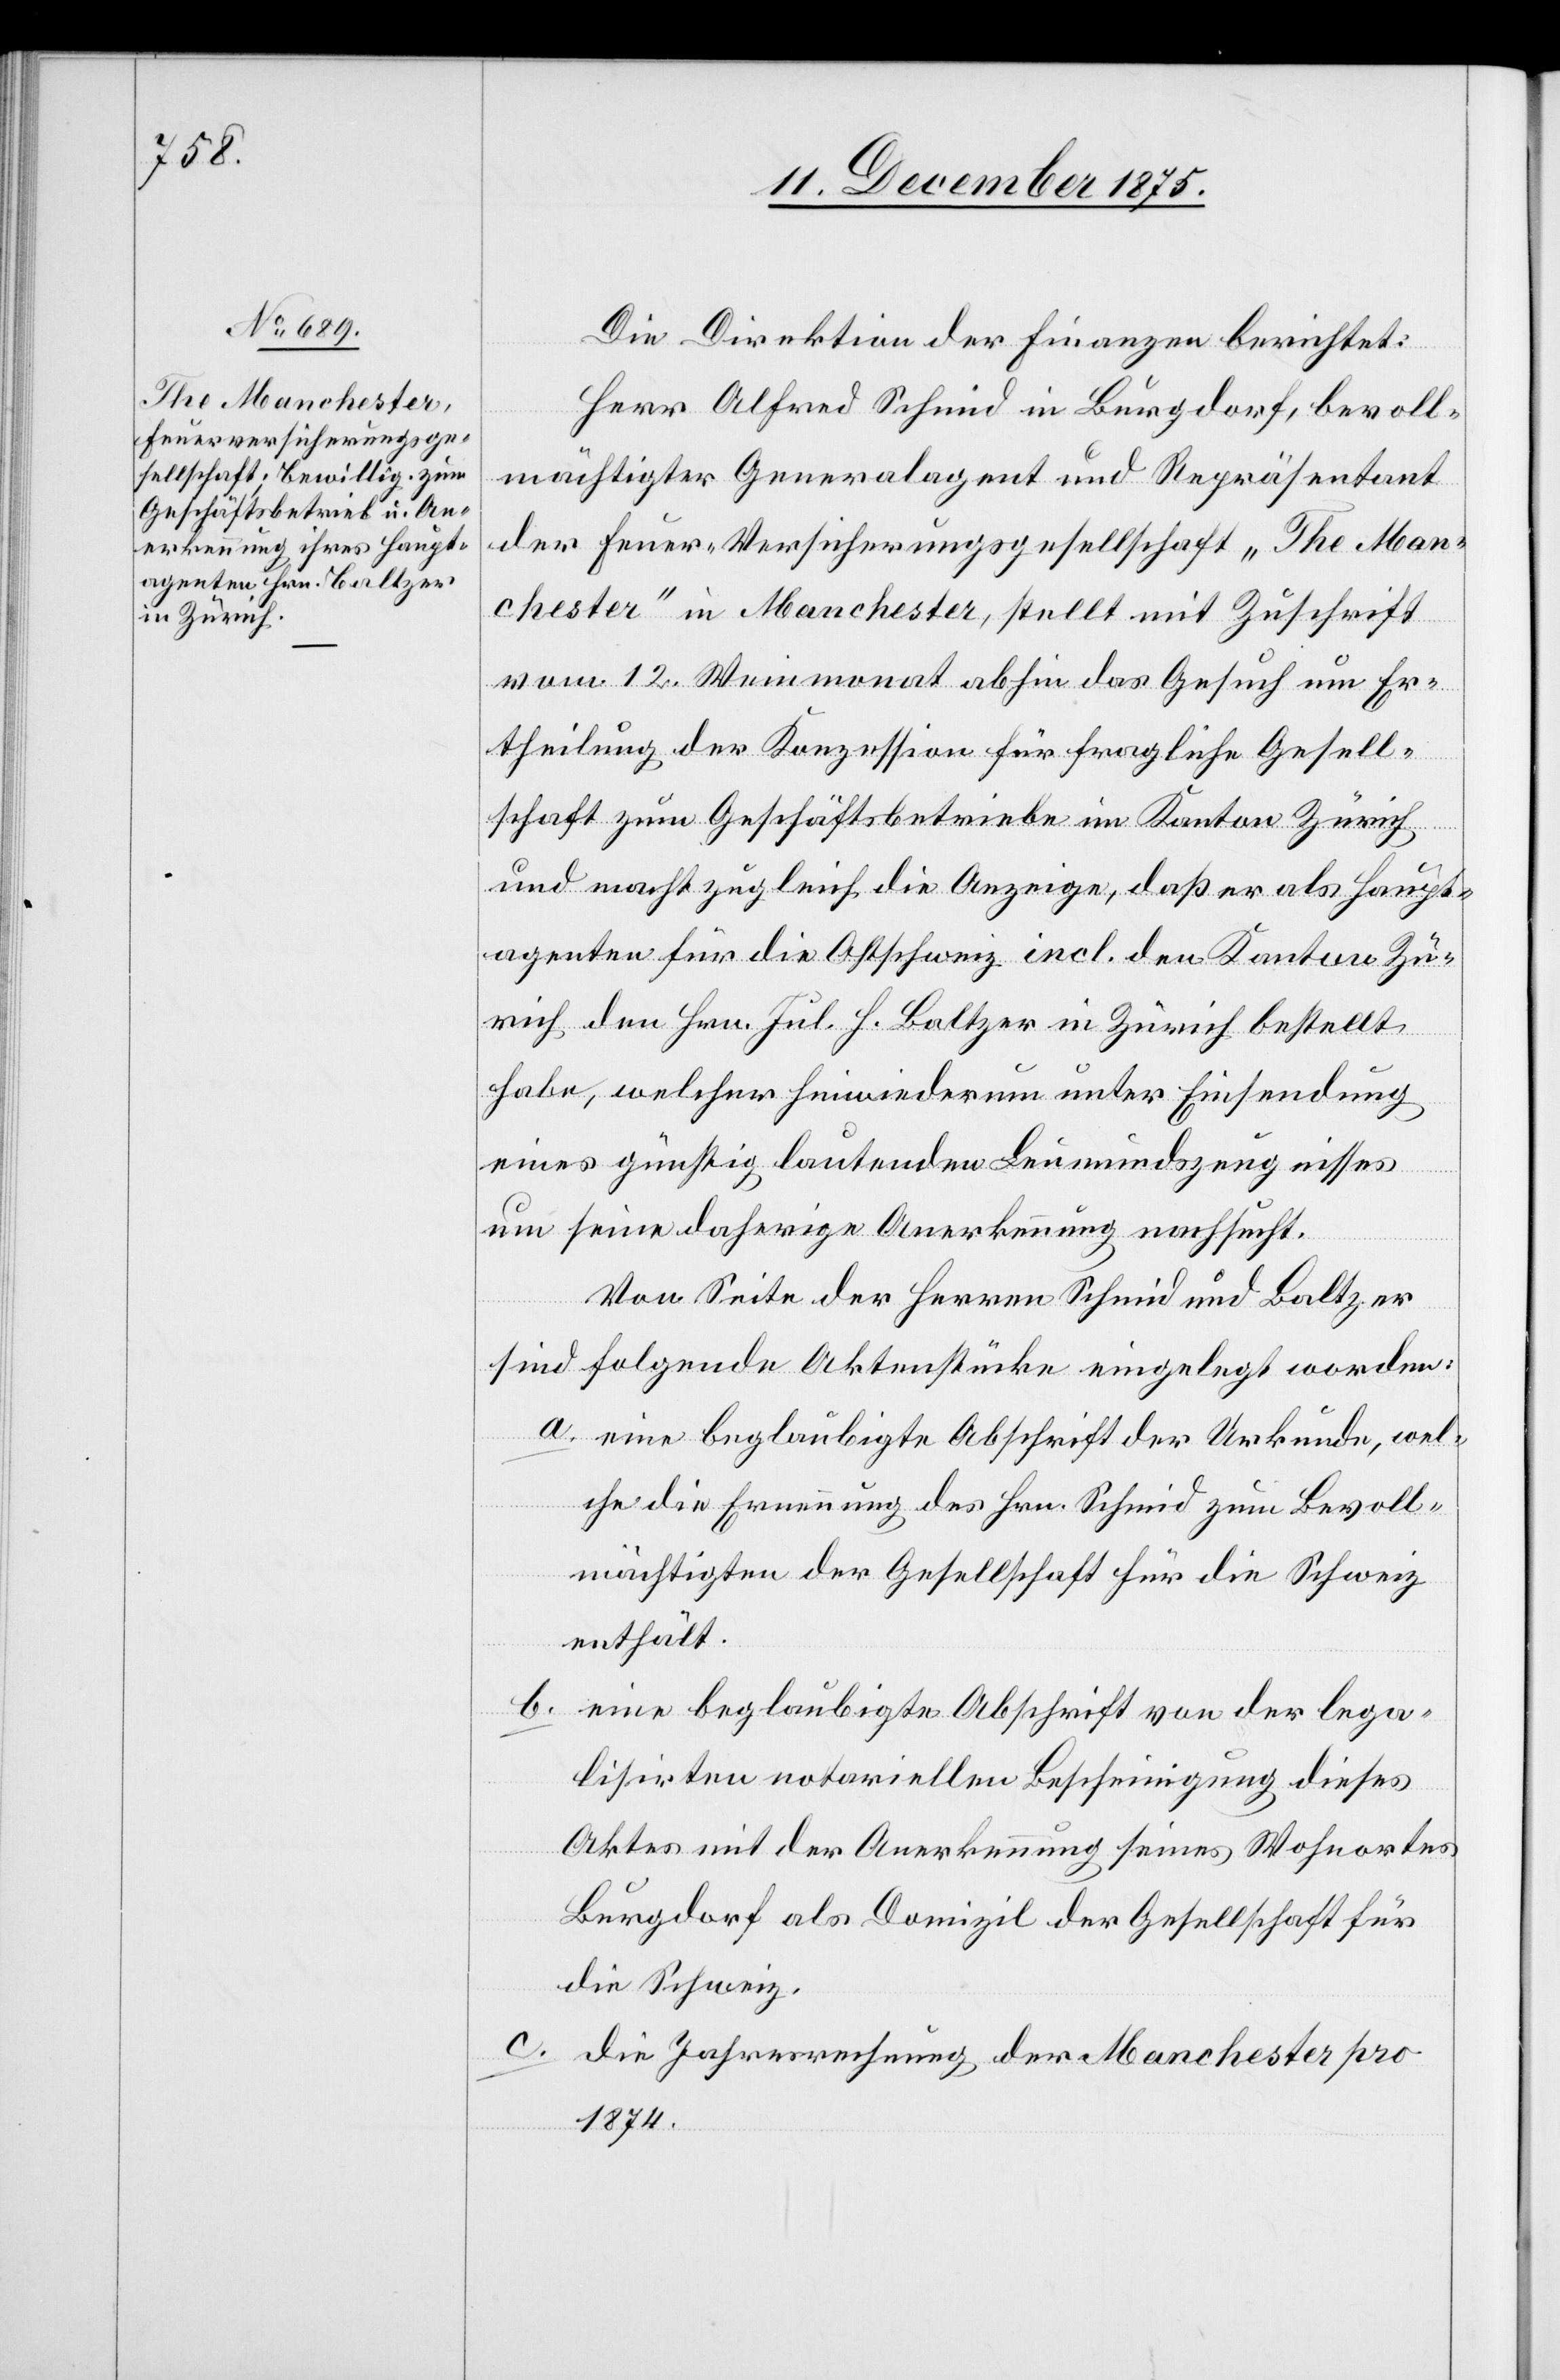
Die Direktion der Finanzen berichtet:
Herr Alfred Schmid in Burgdorf, bevoll¬
mächtigter Generalagent und Repräsentant
der Feuer-Versicherungsgesellschaft „The Man¬
chester“ in Manchester, stellt mit Zuschrift
vom 12. Weinmonat abhin das Gesuch um Er¬
theilung der Konzession für fragliche Gesell¬
schaft zum Geschäftsbetriebe im Kanton Zürich
und macht zugleich die Anzeige, daß er als Haupt¬
agenten für die Ostschweiz incl. den Kanton Zü¬
rich den Hrn. Jul. H. Baltzer in Zürich bestellt
habe, welcher hinwiederum unter Einsendung
eines günstig lautenden Leumundszeugnisses
um seine daherige Anerkennung nachsucht.
Von Seiten der Herren Schmid und Baltzer
sind folgende Aktenstücke eingelegt worden:
a. eine beglaubigte Abschrift der Urkunde, wel¬
che die Ernennung des Hrn. Schmid zum Bevoll¬
mächtigten der Gesellschaft für die Schweiz
enthält.
b. eine beglaubigte Abschrift von der lega¬
lisierten notariellen Bescheinigung dieses
Aktes mit der Anerkennung seines Wohnortes
Burgdorf als Domizil der Gesellschaft für
die Schweiz.
c.
die Jahresrechnung der Manchester pro
1874.